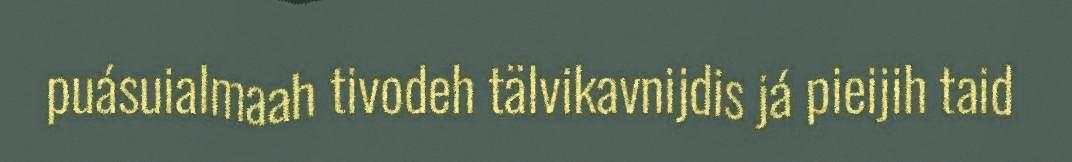
puásuialmaah tivodeh tälvikavnijdis já pieijih taid